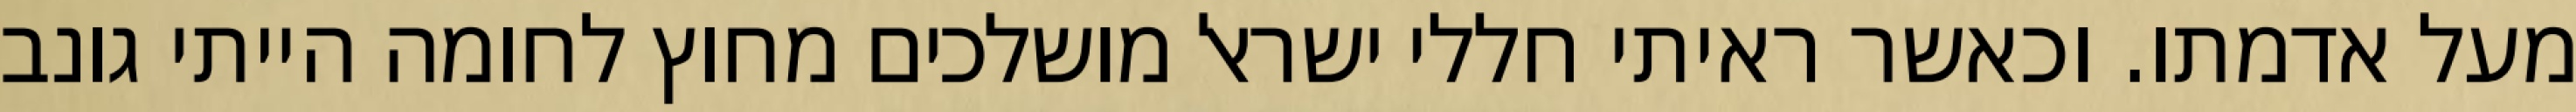
מעל אדמתו. וכאשר ראיתי חללי ישראל מושלכים מחוץ לחומה הייתי גונב